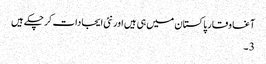
آغا وقار پاکستان میں ہی ہیں اور نئی ایجادات کر چکے ہیں
3 ۔